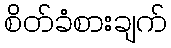
စိတ်ခံစားချက်